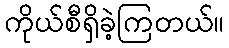
ကိုယ်စီရှိခဲ့ကြတယ်။